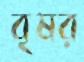
বৃষর